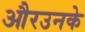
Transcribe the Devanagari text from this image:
औरउनके